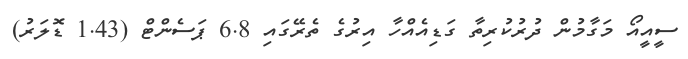
ސީއީއޯ މަގާމުން ދުރުކުރިތާ ގަޑިއެއްހާ އިރުގެ ތެރޭގައި 6.8 ޕަސެންޓް (1.43 ޑޮލަރު)